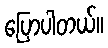
ပြောပါတယ်။